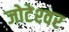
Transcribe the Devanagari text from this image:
जोटेश्‍वर